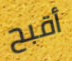
أقبح